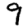
Digit: 9